Indian journal of veterinary science and animal husbandry - Volume 4,
Year: 1934
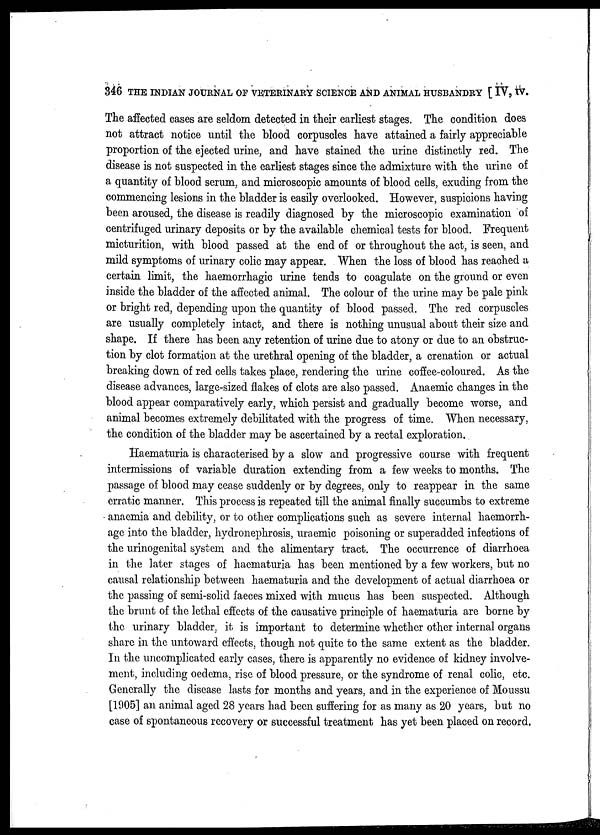
346 THE INDIAN JOURNAL OF VETERINARY SCIENCE AND ANIMAL HUSBANDRY [ IV, IV.
The affected cases are seldom detected in their earliest stages. The condition does
not attract notice until the blood corpuscles have attained a fairly appreciable
proportion of the ejected urine, and have stained the urine distinctly red. The
disease is not suspected in the earliest stages since the admixture with the urine of
a quantity of blood serum, and microscopic amounts of blood cells, exuding from the
commencing lesions in the bladder is easily overlooked. However, suspicions having
been aroused, the disease is readily diagnosed by the microscopic examination of
centrifuged urinary deposits or by the available chemical tests for blood. Frequent
micturition, with blood passed at the end of or throughout the act, is seen, and
mild symptoms of urinary colic may appear. When the loss of blood has reached a
certain limit, the haemorrhagic urine tends to coagulate on the ground or even
inside the bladder of the affected animal. The colour of the urine may be pale pink
or bright red, depending upon the quantity of blood passed. The red corpuscles
are usually completely intact, and there is nothing unusual about their size and
shape. If there has been any retention of urine due to atony or due to an obstruc-
tion by clot formation at the urethral opening of the bladder, a crenation or actual
breaking down of red cells takes place, rendering the urine coffee-coloured. As the
disease advances, large-sized flakes of clots are also passed. Anaemic changes in the
blood appear comparatively early, which persist and gradually become worse, and
animal becomes extremely debilitated with the progress of time. When necessary,
the condition of the bladder may be ascertained by a rectal exploration.
Haematuria is characterised by a slow and progressive course with frequent
intermissions of variable duration extending from a few weeks to months. The
passage of blood may cease suddenly or by degrees, only to reappear in the same
erratic manner. This process is repeated till the animal finally succumbs to extreme
anaemia and debility, or to other complications such as severe internal haemorrh-
age into the bladder, hydronephrosis, uraemic poisoning or superadded infections of
the urinogenital system and the alimentary tract. The occurrence of diarrhoea
in the later stages of haematuria has been mentioned by a few workers, but no
causal relationship between haematuria and the development of actual diarrhoea or
the passing of semi-solid faeces mixed with mucus has been suspected. Although
the brunt of the lethal effects of the causative principle of haematuria are borne by
the urinary bladder, it is important to determine whether other internal organs
share in the untoward effects, though not quite to the same extent as the bladder.
In the uncomplicated early cases, there is apparently no evidence of kidney involve-
ment, including oedema, rise of blood pressure, or the syndrome of renal colic, etc.
Generally the disease lasts for months and years, and in the experience of Moussu
[1905] an animal aged 28 years had been suffering for as many as 20 years, but no
case of spontaneous recovery or successful treatment has yet been placed on record.